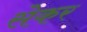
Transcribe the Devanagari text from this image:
सेकर